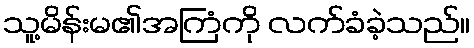
သူ့မိန်းမ၏အကြံကို လက်ခံခဲ့သည်။